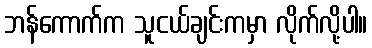
ဘန်ကောက်က သူငယ်ချင်းကမှာ လိုက်လို့ပါ။